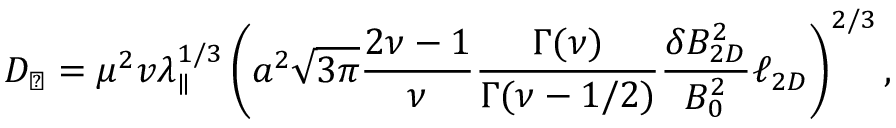
D _ { \perp } = \mu ^ { 2 } v \lambda _ { \parallel } ^ { 1 / 3 } \left( a ^ { 2 } \sqrt { 3 \pi } \frac { 2 \nu - 1 } { \nu } \frac { \Gamma ( \nu ) } { \Gamma ( \nu - 1 / 2 ) } \frac { \delta B _ { 2 D } ^ { 2 } } { B _ { 0 } ^ { 2 } } \ell _ { 2 D } \right) ^ { 2 / 3 } ,